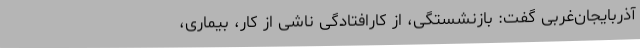
آذربایجان‌غربی گفت: بازنشستگی، از کارافتادگی ناشی از کار، بیماری،